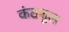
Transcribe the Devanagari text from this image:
कंठशूल